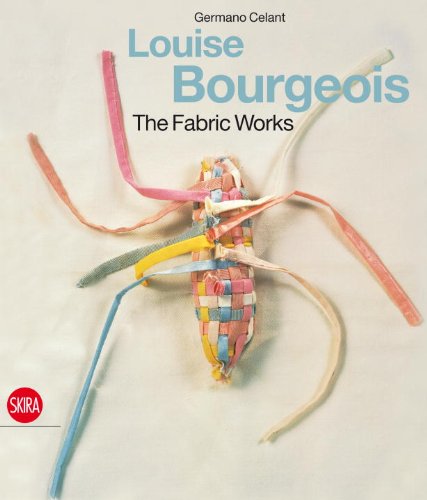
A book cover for Louise Bourgeois The Fabric Works; Germano Celant; Arts & Photography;